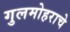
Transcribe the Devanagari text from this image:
गुलमोहराचे